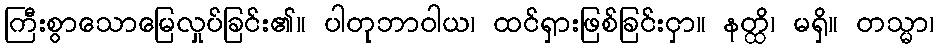
ကြီးစွာသောမြေလှုပ်ခြင်း၏။ ပါတုဘာဝါယ၊ ထင်ရှားဖြစ်ခြင်းငှာ။ နတ္ထိ၊ မရှိ။ တသ္မာ၊